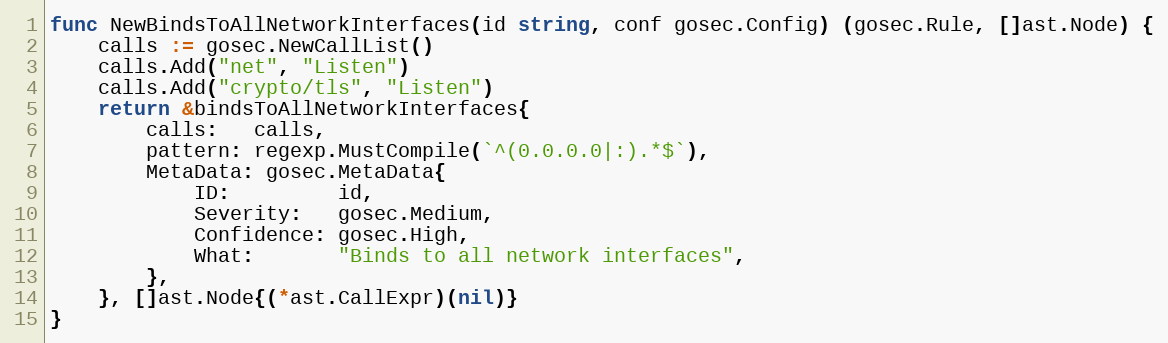
Language: Go
func NewBindsToAllNetworkInterfaces(id string, conf gosec.Config) (gosec.Rule, []ast.Node) {
	calls := gosec.NewCallList()
	calls.Add("net", "Listen")
	calls.Add("crypto/tls", "Listen")
	return &bindsToAllNetworkInterfaces{
		calls:   calls,
		pattern: regexp.MustCompile(`^(0.0.0.0|:).*$`),
		MetaData: gosec.MetaData{
			ID:         id,
			Severity:   gosec.Medium,
			Confidence: gosec.High,
			What:       "Binds to all network interfaces",
		},
	}, []ast.Node{(*ast.CallExpr)(nil)}
}